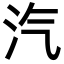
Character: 汽